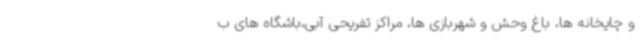
و چایخانه ها، باغ وحش و شهربازی ها، مراکز تفریحی آبی،باشگاه های ب